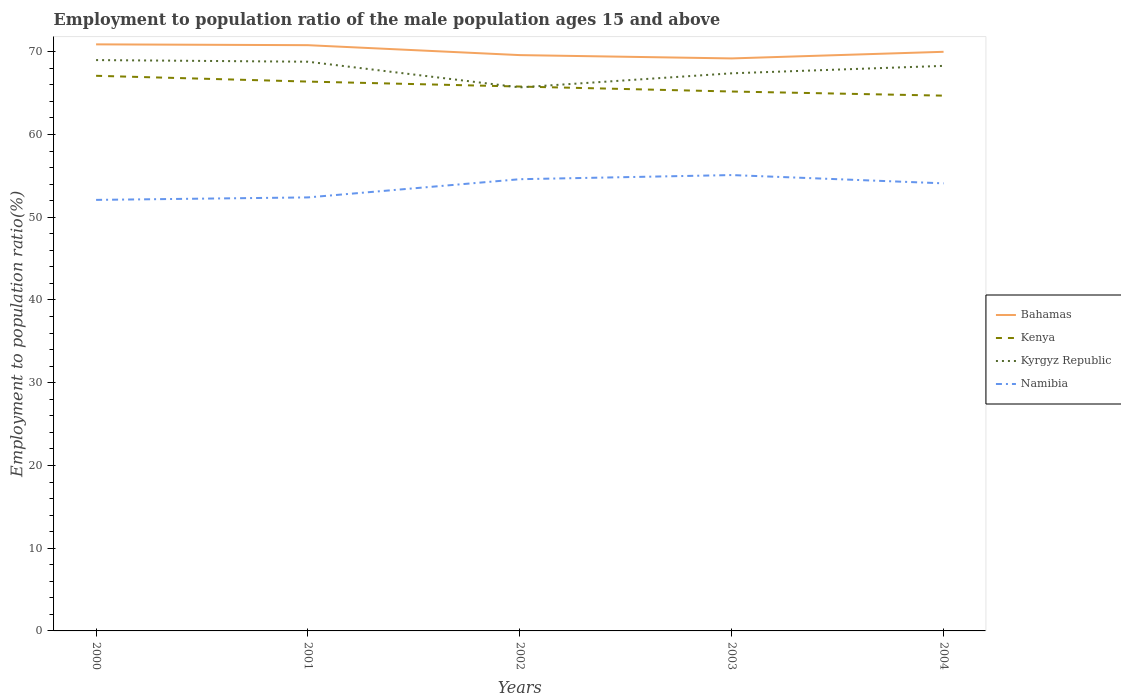
| Years | Bahamas | Kenya | Kyrgyz Republic | Namibia |
 | --- | --- | --- | --- | --- |
 | 2000 | 70.9 | 67.1 | 69 | 52.1 |
 | 2001 | 70.8 | 66.4 | 68.8 | 52.4 |
 | 2002 | 69.6 | 65.8 | 65.7 | 54.6 |
 | 2003 | 69.2 | 65.2 | 67.4 | 55.1 |
 | 2004 | 70 | 64.7 | 68.3 | 54.1 |